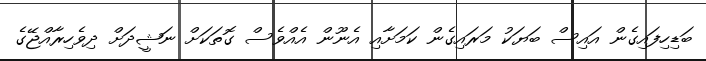
ބަޑިހިފައިގެން އައިސް ބަޔަކު މަރައިގެން ކަމަށާއި އެނޫން އެއްވެސް ގޮތަކަށް ނަޝީދަށް ދިވެހިރާއްޖޭގެ